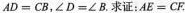
AD=CB，∠D=∠B.求证：AE=CF